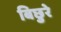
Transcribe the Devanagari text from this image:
बिछुरे